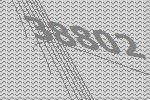
38802